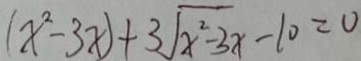
( x ^ { 2 } - 3 x ) + 3 \sqrt { x ^ { 2 } - 3 x } - 1 0 = 0